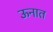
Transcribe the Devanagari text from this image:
ऊनात